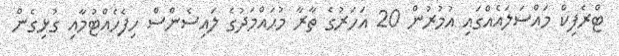
ޓްރެފިކް މައްސަލައެއްގައި އުމުރުން 20 އަހަރުގެ ތާރާ މުޙައްމަދުގެ ލައިސެންސް ހިފެހެއްޓުމާއި ގުޅިގެން